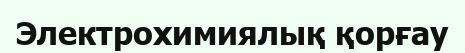
Электрохимиялық қорғау